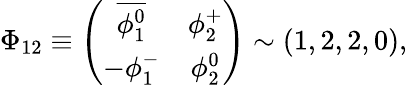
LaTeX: \Phi_{12}\equiv\left(\begin{array}{cc}{{\overline{{{\phi_{1}^{0}}}}}}&{{\phi_{2}^{+}}}\\ {{-\phi_{1}^{-}}}&{{\phi_{2}^{0}}}\end{array}\right)\sim(1,2,2,0),